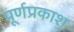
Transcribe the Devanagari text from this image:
पूर्णप्रकाश